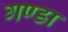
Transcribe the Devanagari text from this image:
गण्डा